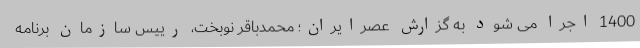
1400 اجرا می شود به گزارش عصرایران؛ محمدباقر نوبخت، رییس سازمان برنامه